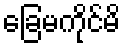
ခြေမကိုင်မိ